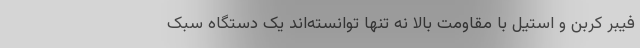
فیبر کربن و استیل با مقاومت بالا نه تنها توانسته‌اند یک دستگاه سبک